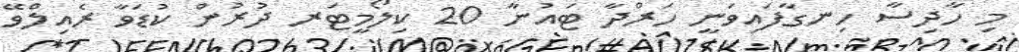
މި ހާދިސާ ހިނގާފައިވަނީ ހަރްދާ ޓައުނާ 20 ކިލޯމީޓަރ ދުރުން ކުޑަވާ ރެއިލްވޭ